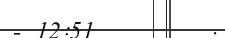
- 12:51        .